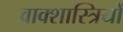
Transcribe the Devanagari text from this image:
वाक्शास्त्रियों